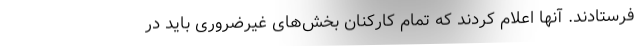
فرستادند. آنها اعلام کردند که تمام کارکنان بخش‌های غیرضروری باید در